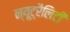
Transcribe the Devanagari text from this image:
न्यूट्रैलिटी